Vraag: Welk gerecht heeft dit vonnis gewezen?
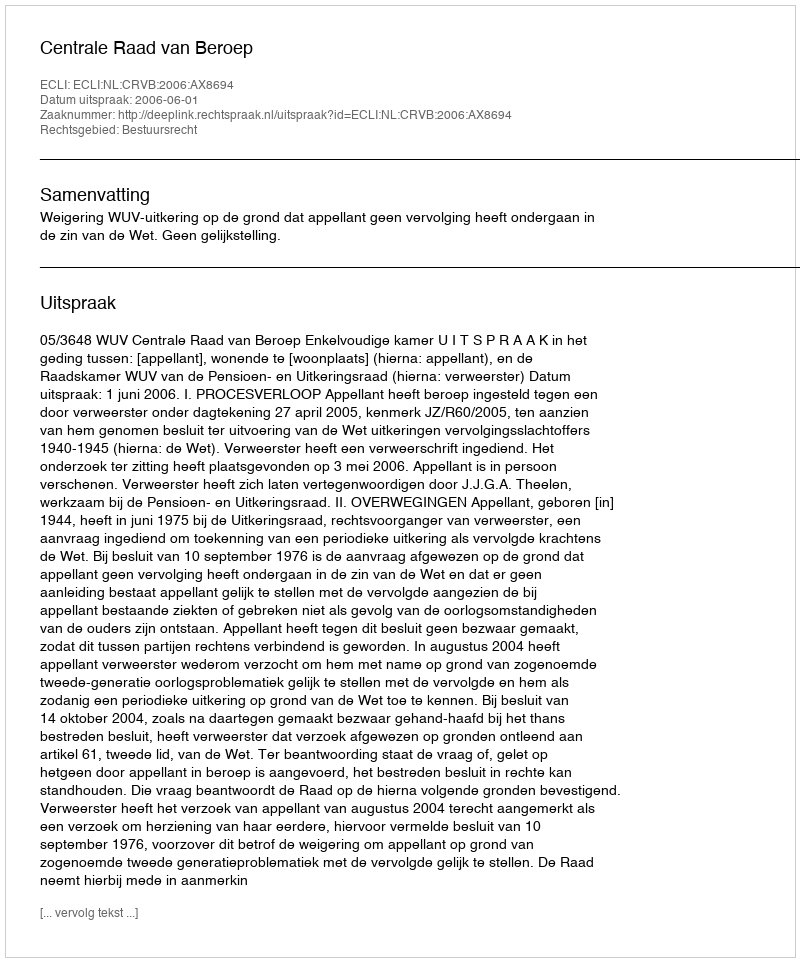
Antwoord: Centrale Raad van Beroep